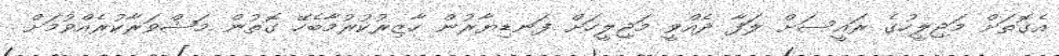
އެގޮތަށް މަޖިލީހުގެ ރައީސަށް ލަފާ ދެއްވީ މަޖިލީހަށް ފަނޑިޔާރުން ހާޒިރުކުރުމާބެހޭ ގޮތުން މަޝްވަރާކުރެއްވުމަށް